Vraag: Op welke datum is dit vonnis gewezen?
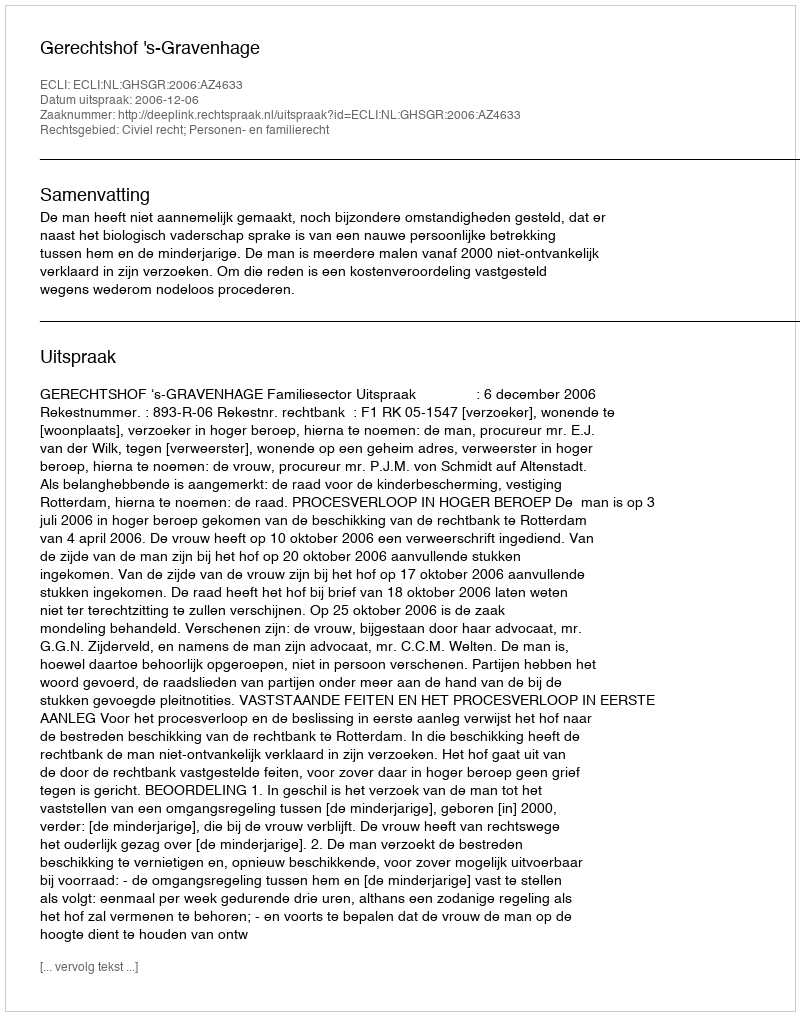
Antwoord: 2006-12-06